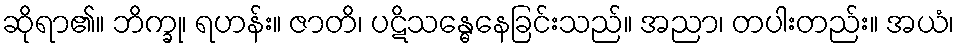
ဆိုရာ၏။ ဘိက္ခု၊ ရဟန်း။ ဇာတိ၊ ပဋိသန္ဓေနေခြင်းသည်။ အညာ၊ တပါးတည်း။ အယံ၊